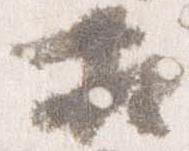
相